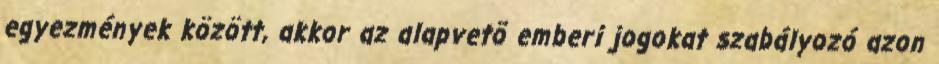
egyezmények között, akkor az alapvetõ emberi jogokat szabályozó azon